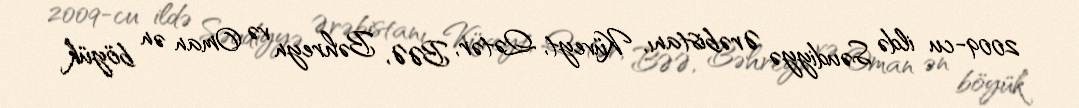
2009-cu ildə Səudiyyə Ərəbistanı, Küveyt, Qətər, BƏƏ, Bəhreyn və Oman ən böyük